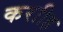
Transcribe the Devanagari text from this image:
कराीह